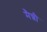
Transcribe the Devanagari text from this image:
मैन्नी